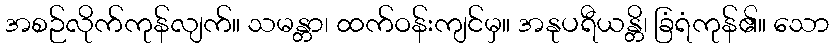
အစဉ်လိုက်ကုန်လျက်။ သမန္တာ၊ ထက်ဝန်းကျင်မှ။ အနုပရီယန္တိ၊ ခြံရံကုန်၏။ သော